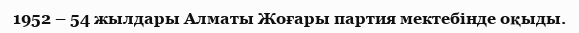
1952 – 54 жылдары Алматы Жоғары партия мектебінде оқыды.